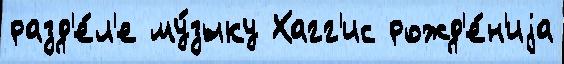
разд'е́л'е му́зыку Хагг'ис рожд'е́н'иjа